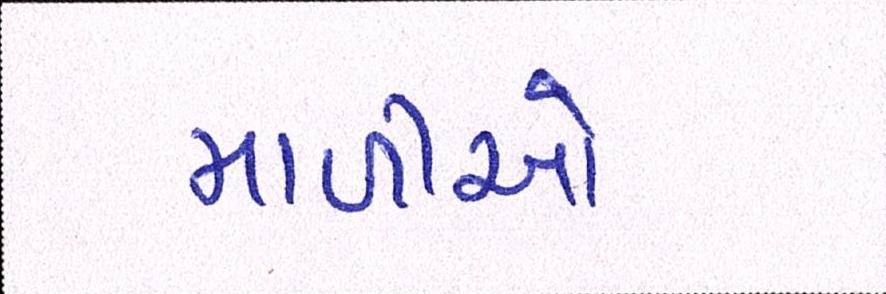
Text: માળીઓ